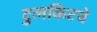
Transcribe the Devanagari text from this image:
टुलकिटचे